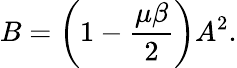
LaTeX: B=\left(1-\frac{\mu\beta}{2}\right)A^{2}.